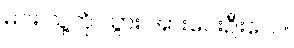
မင်း သူ့ကို သွား အားပေးဦးလေ။